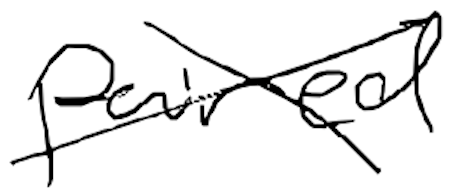
Text: paired
Cross-out: cross
Writing tool: digital_black